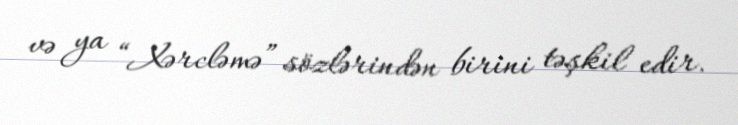
və ya “Xərcləmə” sözlərindən birini təşkil edir.